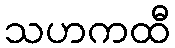
သဟကထီ